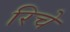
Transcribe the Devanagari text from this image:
रिचे